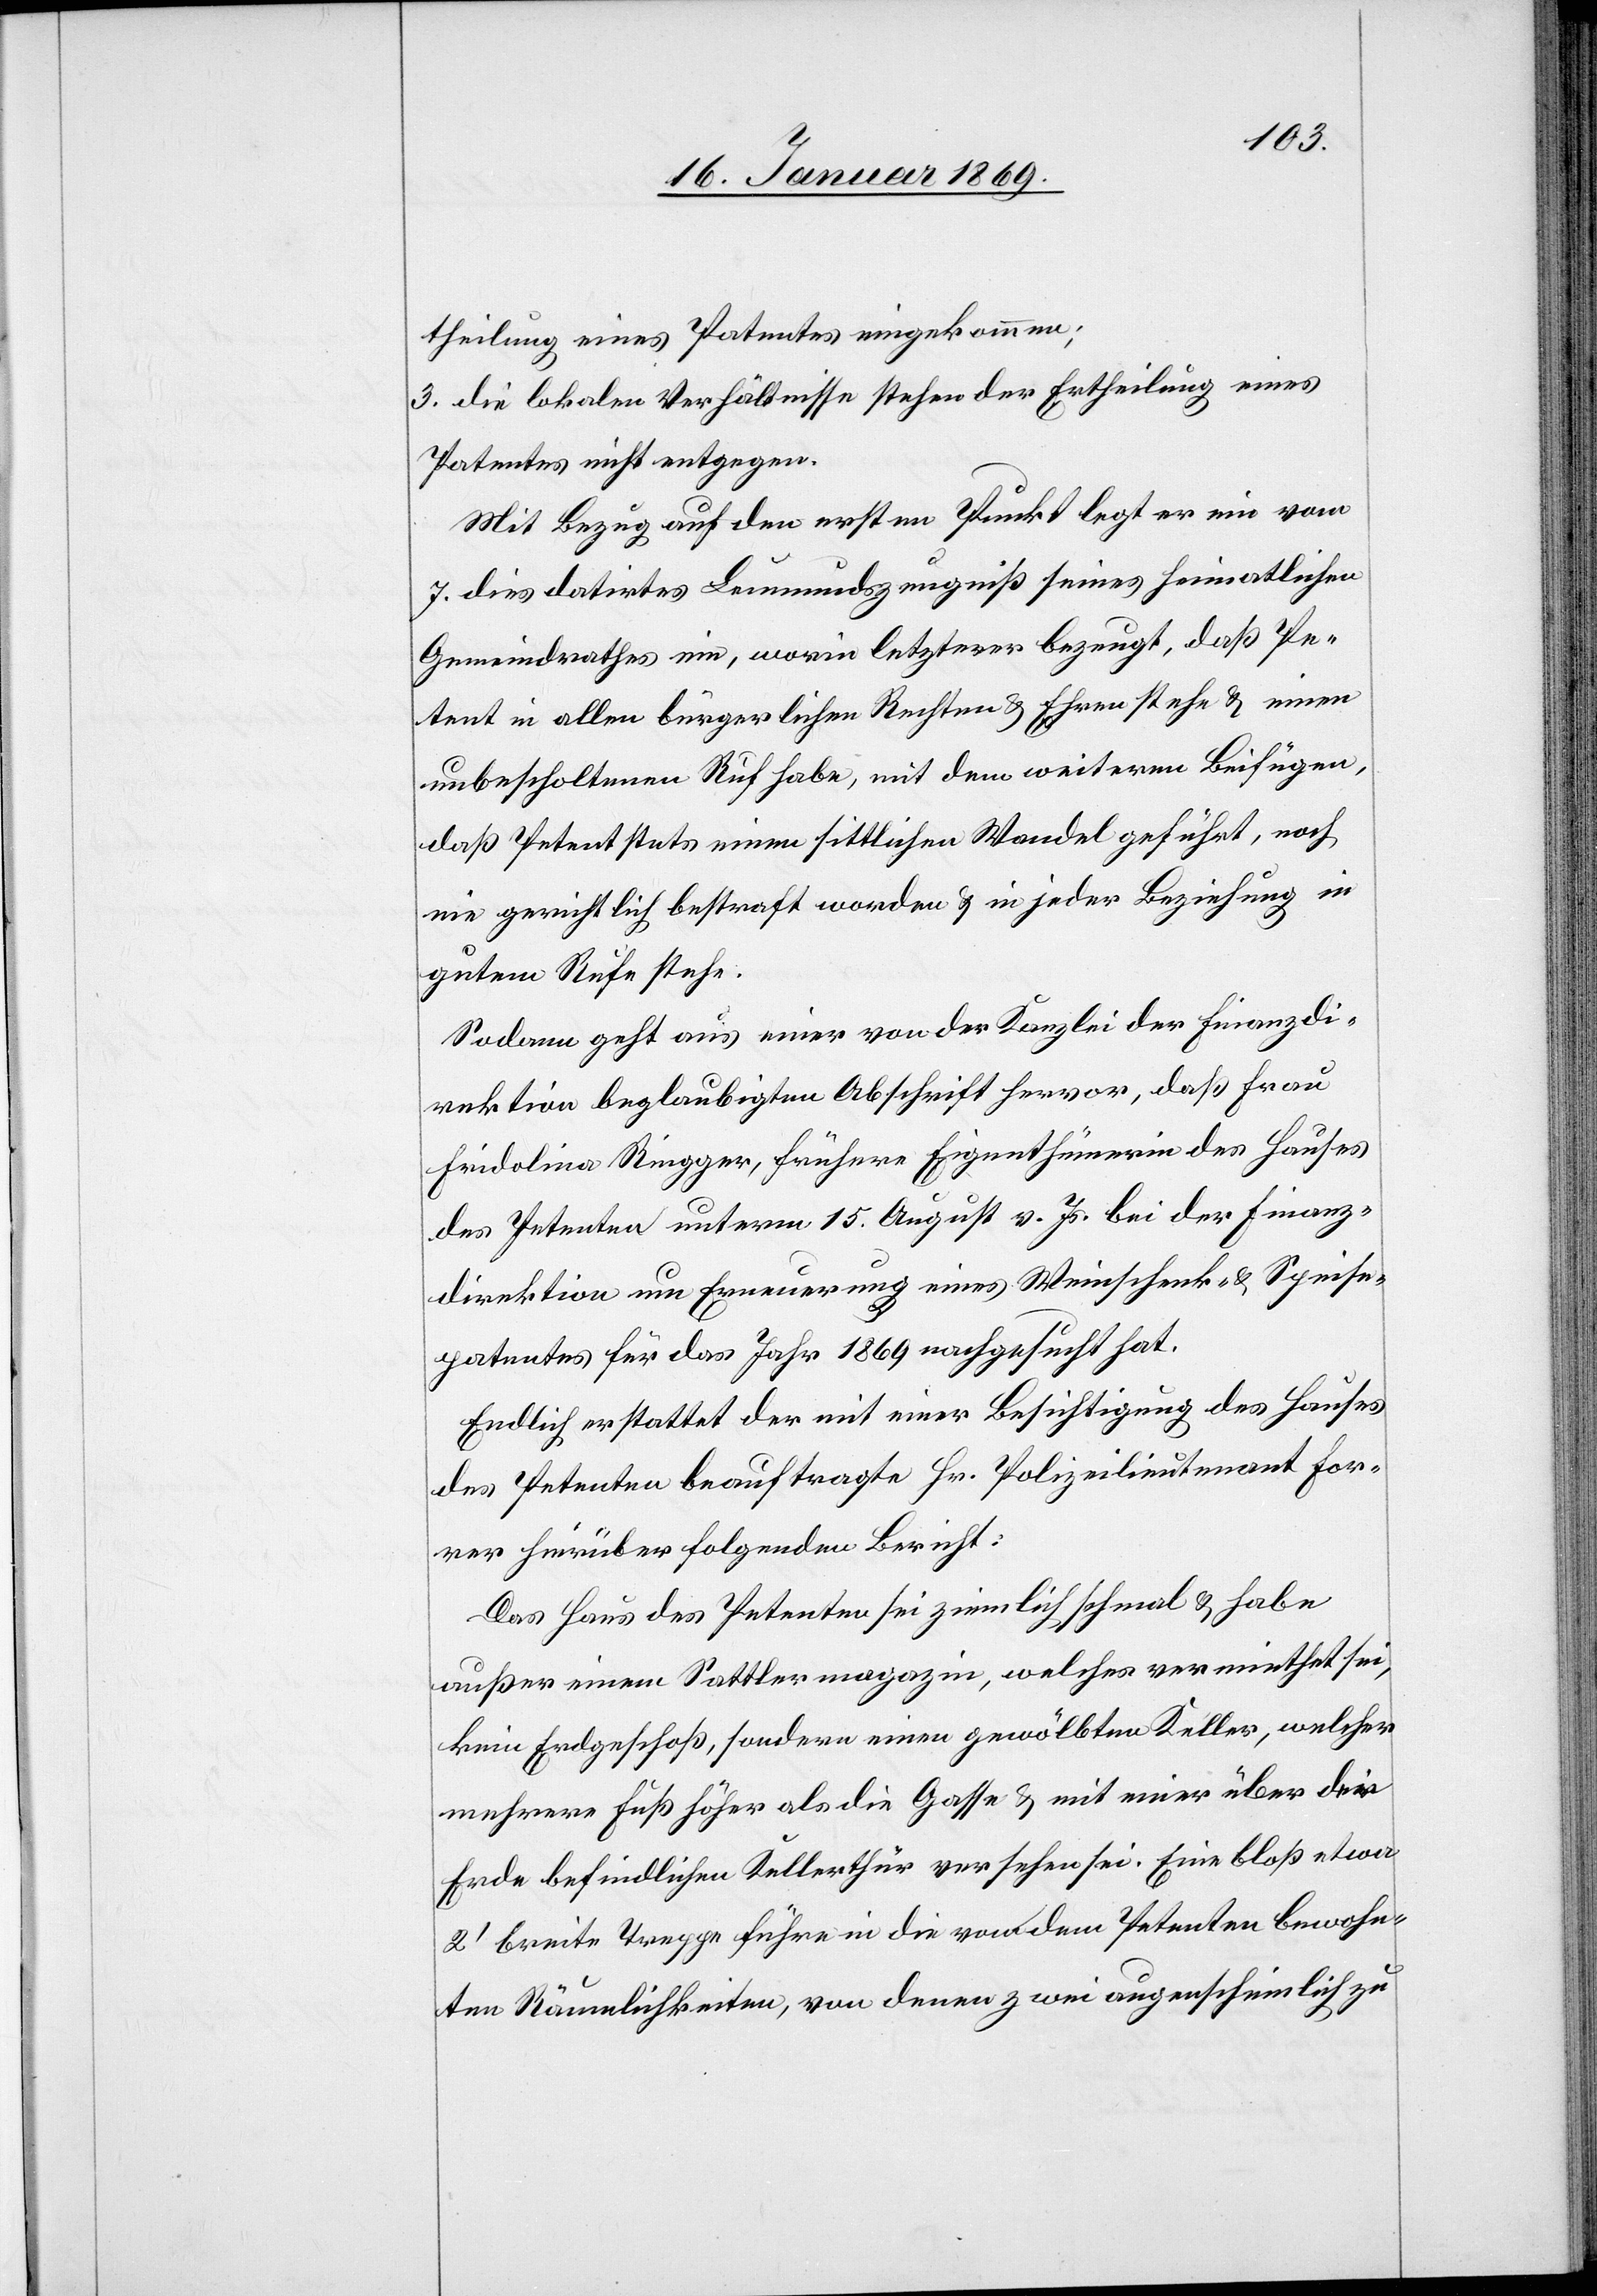
theilung eines Patentes eingekommen;
3. die lokalen Verhältnisse stehen der Ertheilung eines
Patentes nicht entgegen.
Mit Bezug auf den ersten Punkt legt er ein vom
7. dies datirtes Leumundszeugniß seines heimatlichen
Gemeindrathes ein, worin letzterer bezeugt, daß Pe¬
tent in allen bürgerlichen Rechten u. Ehren stehe u. einen
unbescholtenen Ruf habe, mit dem weiteren Beifügen,
daß Petent stets einen sittlichen Wandel geführt, noch
nie gerichtlich bestraft worden u. in jeder Beziehung in
gutem Rufe stehe.
Sodann geht aus einer von der Kanzlei der Finanzdi¬
rektion beglaubigten Abschrift hervor, daß Frau
Fridolina Ringger, frühere Eigenthümerin des Hauses
des Petenten unterm 15. August v. Js. bei der Finanz¬
direktion um Erneuerung eines Weinschenk- u. Speise¬
patentes für das Jahr 1869 nachgesucht hat.
Endlich erstattet der mit einer Besichtigung des Hauses
des Petenten beauftragte Hr. Polizeilieutnant For¬
rer hierüber folgenden Bericht:
Das Haus des Petenten sei ziemlich schmal u. habe
außer einem Sattlermagazin, welches vermiethet sei,
kein Erdgeschoß, sondern einen gewölbten Keller, welcher
mehrere Fuß höher als die Gasse u. mit einer über die
Erde befindlichen Kellerthür versehen sei. Eine bloß etwa
2’ breite Treppe führe in die von dem Petenten bewohn¬
ten Räumlichkeiten, von denen zwei augenscheinlich zu